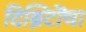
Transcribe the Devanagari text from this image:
दिब्रिटोंचा